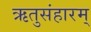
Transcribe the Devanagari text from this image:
ऋतुसंहारम्